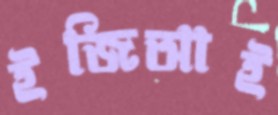
ইজিআই